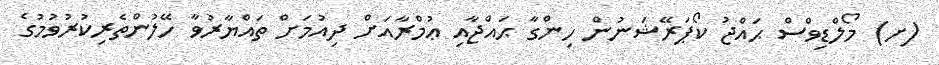
(ށ) މޯލްޑިވްސް ޙައްޖު ކޯޕަރޭޝަނުން ހިންގާ ޙައްޖާއި ޢުމްރާއަށް ދިއުމަށް ތައްޔާރުވާ ހޭލުންތެރިކުރުވުމުގެ